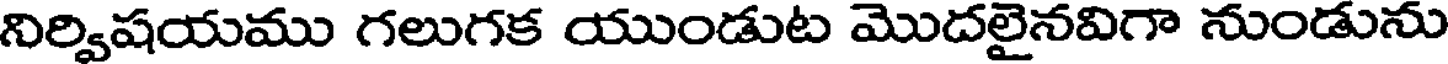
నిర్విషయము గలుగక యుండుట మొదలైనవిగా నుండును